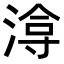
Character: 𭱔